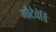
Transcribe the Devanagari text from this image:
मौटेवेर्डि